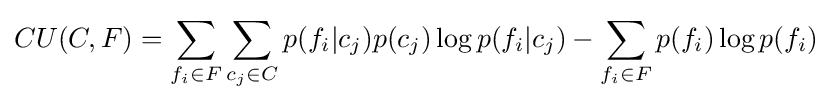
CU(C,F)=\sum _{f_{i}\in F}\sum _{c_{j}\in C}p(f_{i}|c_{j})p(c_{j})\log p(f_{i}|c_{j})-\sum _{f_{i}\in F}p(f_{i})\log p(f_{i})